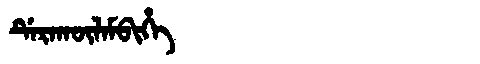
Manchu: ᡩᡝᡵᠠᡴᡡᠯᠠᠮᠪᡳᡥᡝ
Romanization: DERAKŪLAMBIHE